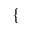
\begin{array} { r } { \mathopen { } \mathclose \bgroup \left\{ \begin{array} { r l r l } \end{array} \aftergroup \egroup \right. } \end{array}